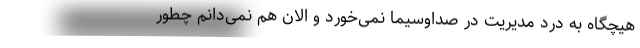
هیچگاه به درد مدیریت در صداوسیما نمی‌خورد و الان هم نمی‌دانم چطور